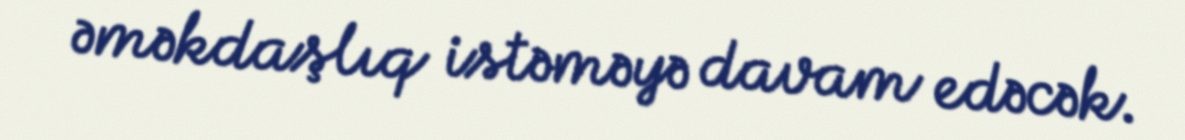
əməkdaşlıq istəməyə davam edəcək.